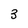
Character: 3